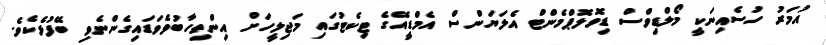
އުމަރު ހުސެއިނަކީ މޯލްޑިވްސް ޑިވޮލޮޕްމެންޓް އެލަޔަންސް އެމްޑީއޭގެ ޓިކެޓުގައި މަޖިލީހަށް އިންތިހާބުވެވަޑައިގެންނެވި ބޭފުޅެކެވެ.